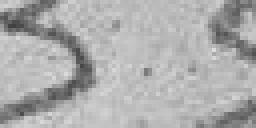
33